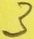
Text: 3